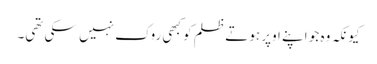
کیونکہ وہ جو اپنے اوپر ہوتے ظلم کو کبھی روک نہیں سکی تھی۔